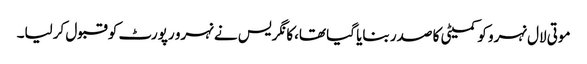
موتی لال نہرو کو کمیٹی کا صدر بنایا گیا تھا،کانگریس نے نہرو رپورٹ کو قبول کرلیا۔